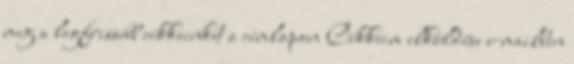
meg a legfrissebb cikkeinket a címlapon Cikkeim elküldése e-mailben